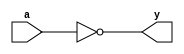
module iv(y, a);
    input a;
    output y;

assign y = ~a;

endmodule

module nd2(y, a, b);
    input a, b;
    output y;

assign y = ~(a & b);

endmodule

module mx2(y, d0, d1, s);
    input d0, d1, s;
    output y;

iv iv0 (.y(sb), .a(s));
nd2 nd20 (.y(w0), .a(d0), .b(sb));
nd2 nd21 (.y(w1), .a(d1), .b(s));
nd2 nd22 (y, w0 , w1);

endmodule